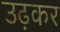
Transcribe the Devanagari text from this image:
उढ़कर